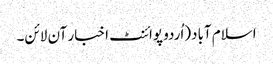
اسلام آباد(اُردو پوائنٹ اخبار آن لائن۔